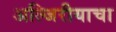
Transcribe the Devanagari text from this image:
अल्जिरीयाचा